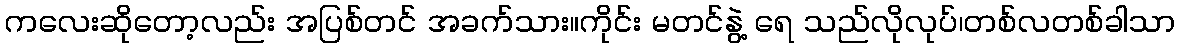
ကလေးဆိုတော့လည်း အပြစ်တင် အခက်သား။ကိုင်း မတင်နွဲ့ ရေ သည်လိုလုပ်၊တစ်လတစ်ခါသာ